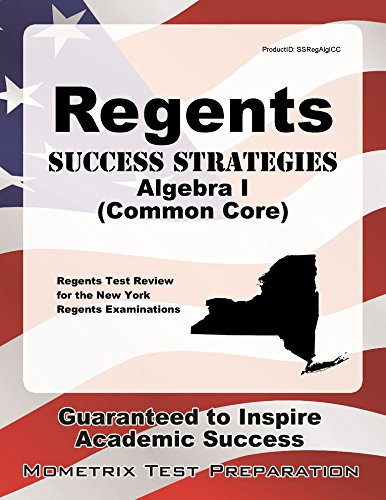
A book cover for Regents Success Strategies Algebra I (Common Core) Study Guide: Regents Test Review for the New York Regents Examinations; Regents Exam Secrets Test Prep Team; Test Preparation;